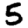
Digit: 5